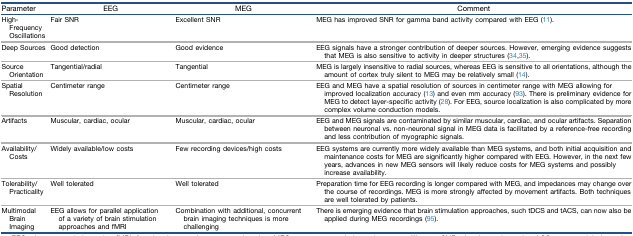
<table><thead><tr><td><b>Parameter</b></td><td><b>EEG</b></td><td><b>MEG</b></td><td><b>Comment</b></td></tr></thead><tbody><tr><td>High-Frequency Oscillations</td><td>Fair SNR</td><td>Excellent SNR</td><td>MEG has improved SNR for gamma band activity compared with EEG (11).</td></tr><tr><td>Deep Sources</td><td>Good detection</td><td>Good evidence</td><td>EEG signals have a stronger contribution of deeper sources. However, emerging evidence suggests that MEG is also sensitive to activity in deeper structures (34, 35).</td></tr><tr><td>Source Orientation</td><td>Tangential/radial</td><td>Tangential</td><td>MEG is largely insensitive to radial sources, whereas EEG is sensitive to all orientations, although the amount of cortex truly silent to MEG may be relatively small (14).</td></tr><tr><td>Spatial Resolution</td><td>Centimeter range</td><td>Centimeter range</td><td>EEG and MEG have a spatial resolution of sources in centimeter range with MEG allowing for improved localization accuracy (13) and even mm accuracy (93). There is preliminary evidence for MEG to detect layer-specific activity (28). For EEG, source localization is also complicated by more complex volume conduction models.</td></tr><tr><td>Artifacts</td><td>Muscular, cardiac, ocular</td><td>Muscular, cardiac, ocular</td><td>EEG and MEG signals are contaminated by similar muscular, cardiac, and ocular artifacts. Separation between neuronal vs. non-neuronal signal in MEG data is facilitated by a reference-free recording and less contribution of myographic signals.</td></tr><tr><td>Availability/Costs</td><td>Widely available/low costs</td><td>Few recording devices/high costs</td><td>EEG systems are currently more widely available than MEG systems, and both initial acquisition and maintenance costs for MEG are significantly higher compared with EEG. However, in the next few years, advances in new MEG sensors will likely reduce costs for MEG systems and possibly increase availability.</td></tr><tr><td>Tolerability/Practicality</td><td>Well tolerated</td><td>Well tolerated</td><td>Preparation time for EEG recording is longer compared with MEG, and impedances may change over the course of recordings. MEG is more strongly affected by movement artifacts. Both techniques are well tolerated by patients.</td></tr><tr><td>Multimodal Brain Imaging</td><td>EEG allows for parallel application of a variety of brain stimulation approaches and fMRI</td><td>Combination with additional, concurrent brain imaging techniques is more challenging</td><td>There is emerging evidence that brain stimulation approaches, such tDCS and tACS, can now also be applied during MEG recordings (95).</td></tr></tbody></table>